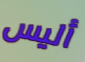
أليس